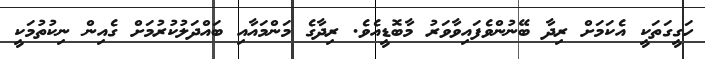
ހަގީގަތަކީ އެކަމަށް ރިދާ ބޭނުންވެފައިވާވަރު މާބޮޑީއެވެ. ރިދާގެ މަންމައާއި ބައްދަލުކުރުމަށް ގެއިން ނިކުތުމަކީ